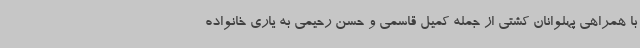
با همراهی پهلوانان کشتی از جمله کمیل قاسمی و حسن رحیمی به یاری خانواده